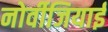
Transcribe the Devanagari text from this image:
नोर्वीजियाई